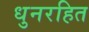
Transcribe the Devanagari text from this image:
धुनरहित